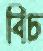
বিচ